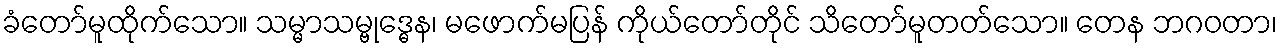
ခံတော်မူထိုက်သော။ သမ္မာသမ္ဗုဒ္ဓေန၊ မဖောက်မပြန် ကိုယ်တော်တိုင် သိတော်မူတတ်သော။ တေန ဘဂဝတာ၊